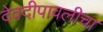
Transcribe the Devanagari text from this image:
देवदीपावलीचा